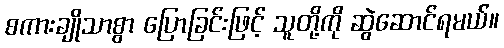
စကားချိုသာစွာ ပြောခြင်းဖြင့် သူတို့ကို ဆွဲဆောင်ရမယ်။